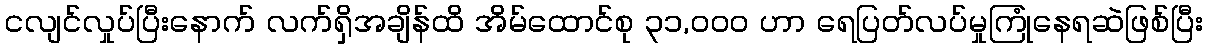
ငလျင်လှုပ်ပြီးနောက် လက်ရှိအချိန်ထိ အိမ်ထောင်စု ၃၁,၀၀၀ ဟာ ရေပြတ်လပ်မှုကြုံနေရဆဲဖြစ်ပြီး